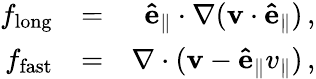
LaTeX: \begin{array}{rlr}{f_{\mathrm{long}}}&{=}&{\mathbf{\hat{e}_{\parallel}}\cdot\mathbf{\nabla}(\mathbf{v}\cdot\mathbf{\hat{e}_{\parallel}})\, ,}\\ {f_{\mathrm{fast}}}&{=}&{\mathbf{\nabla}\cdot(\mathbf{v}-\mathbf{\hat{e}_{\parallel}}v_{\parallel})\, ,}\end{array}